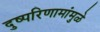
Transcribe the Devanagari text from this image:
दुष्परिणामांमुळे